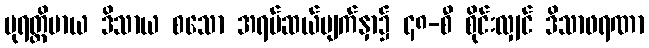
ပုရတ္ထိမာယ ဒိသာယ စသော အရပ်ဆယ်မျက်နှာ၌ ၄၈-စီ စိုင်းလျှင် ဒိသာဖရဏာ